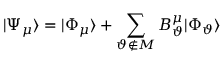
| \Psi _ { \mu } \rangle = | \Phi _ { \mu } \rangle + \sum _ { \vartheta \notin { \cal M } } B _ { \vartheta } ^ { \mu } | \Phi _ { \vartheta } \rangle